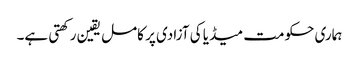
ہماری حکومت میڈیا کی آزادی پر کامل یقین رکھتی ہے۔